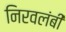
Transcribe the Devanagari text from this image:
निरवलंबी